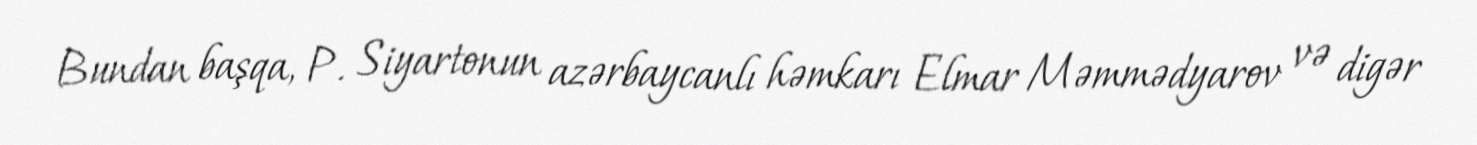
Bundan başqa, P. Siyartonun azərbaycanlı həmkarı Elmar Məmmədyarov və digər